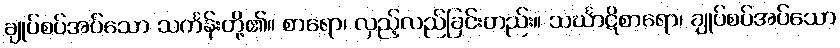
ချုပ်စပ်အပ်သော သင်္ကန်းတို့၏။ စာရော၊ လှည့်လည်ခြင်းတည်း။ သင်္ဃာဋိစာရော၊ ချုပ်စပ်အပ်သော